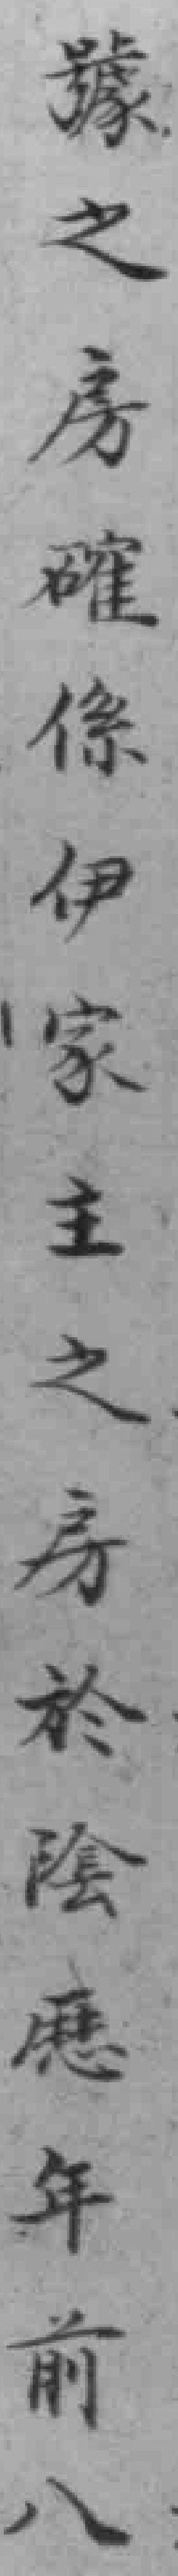
號之房確伊家主之房於陰歴年前八